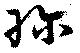
珎